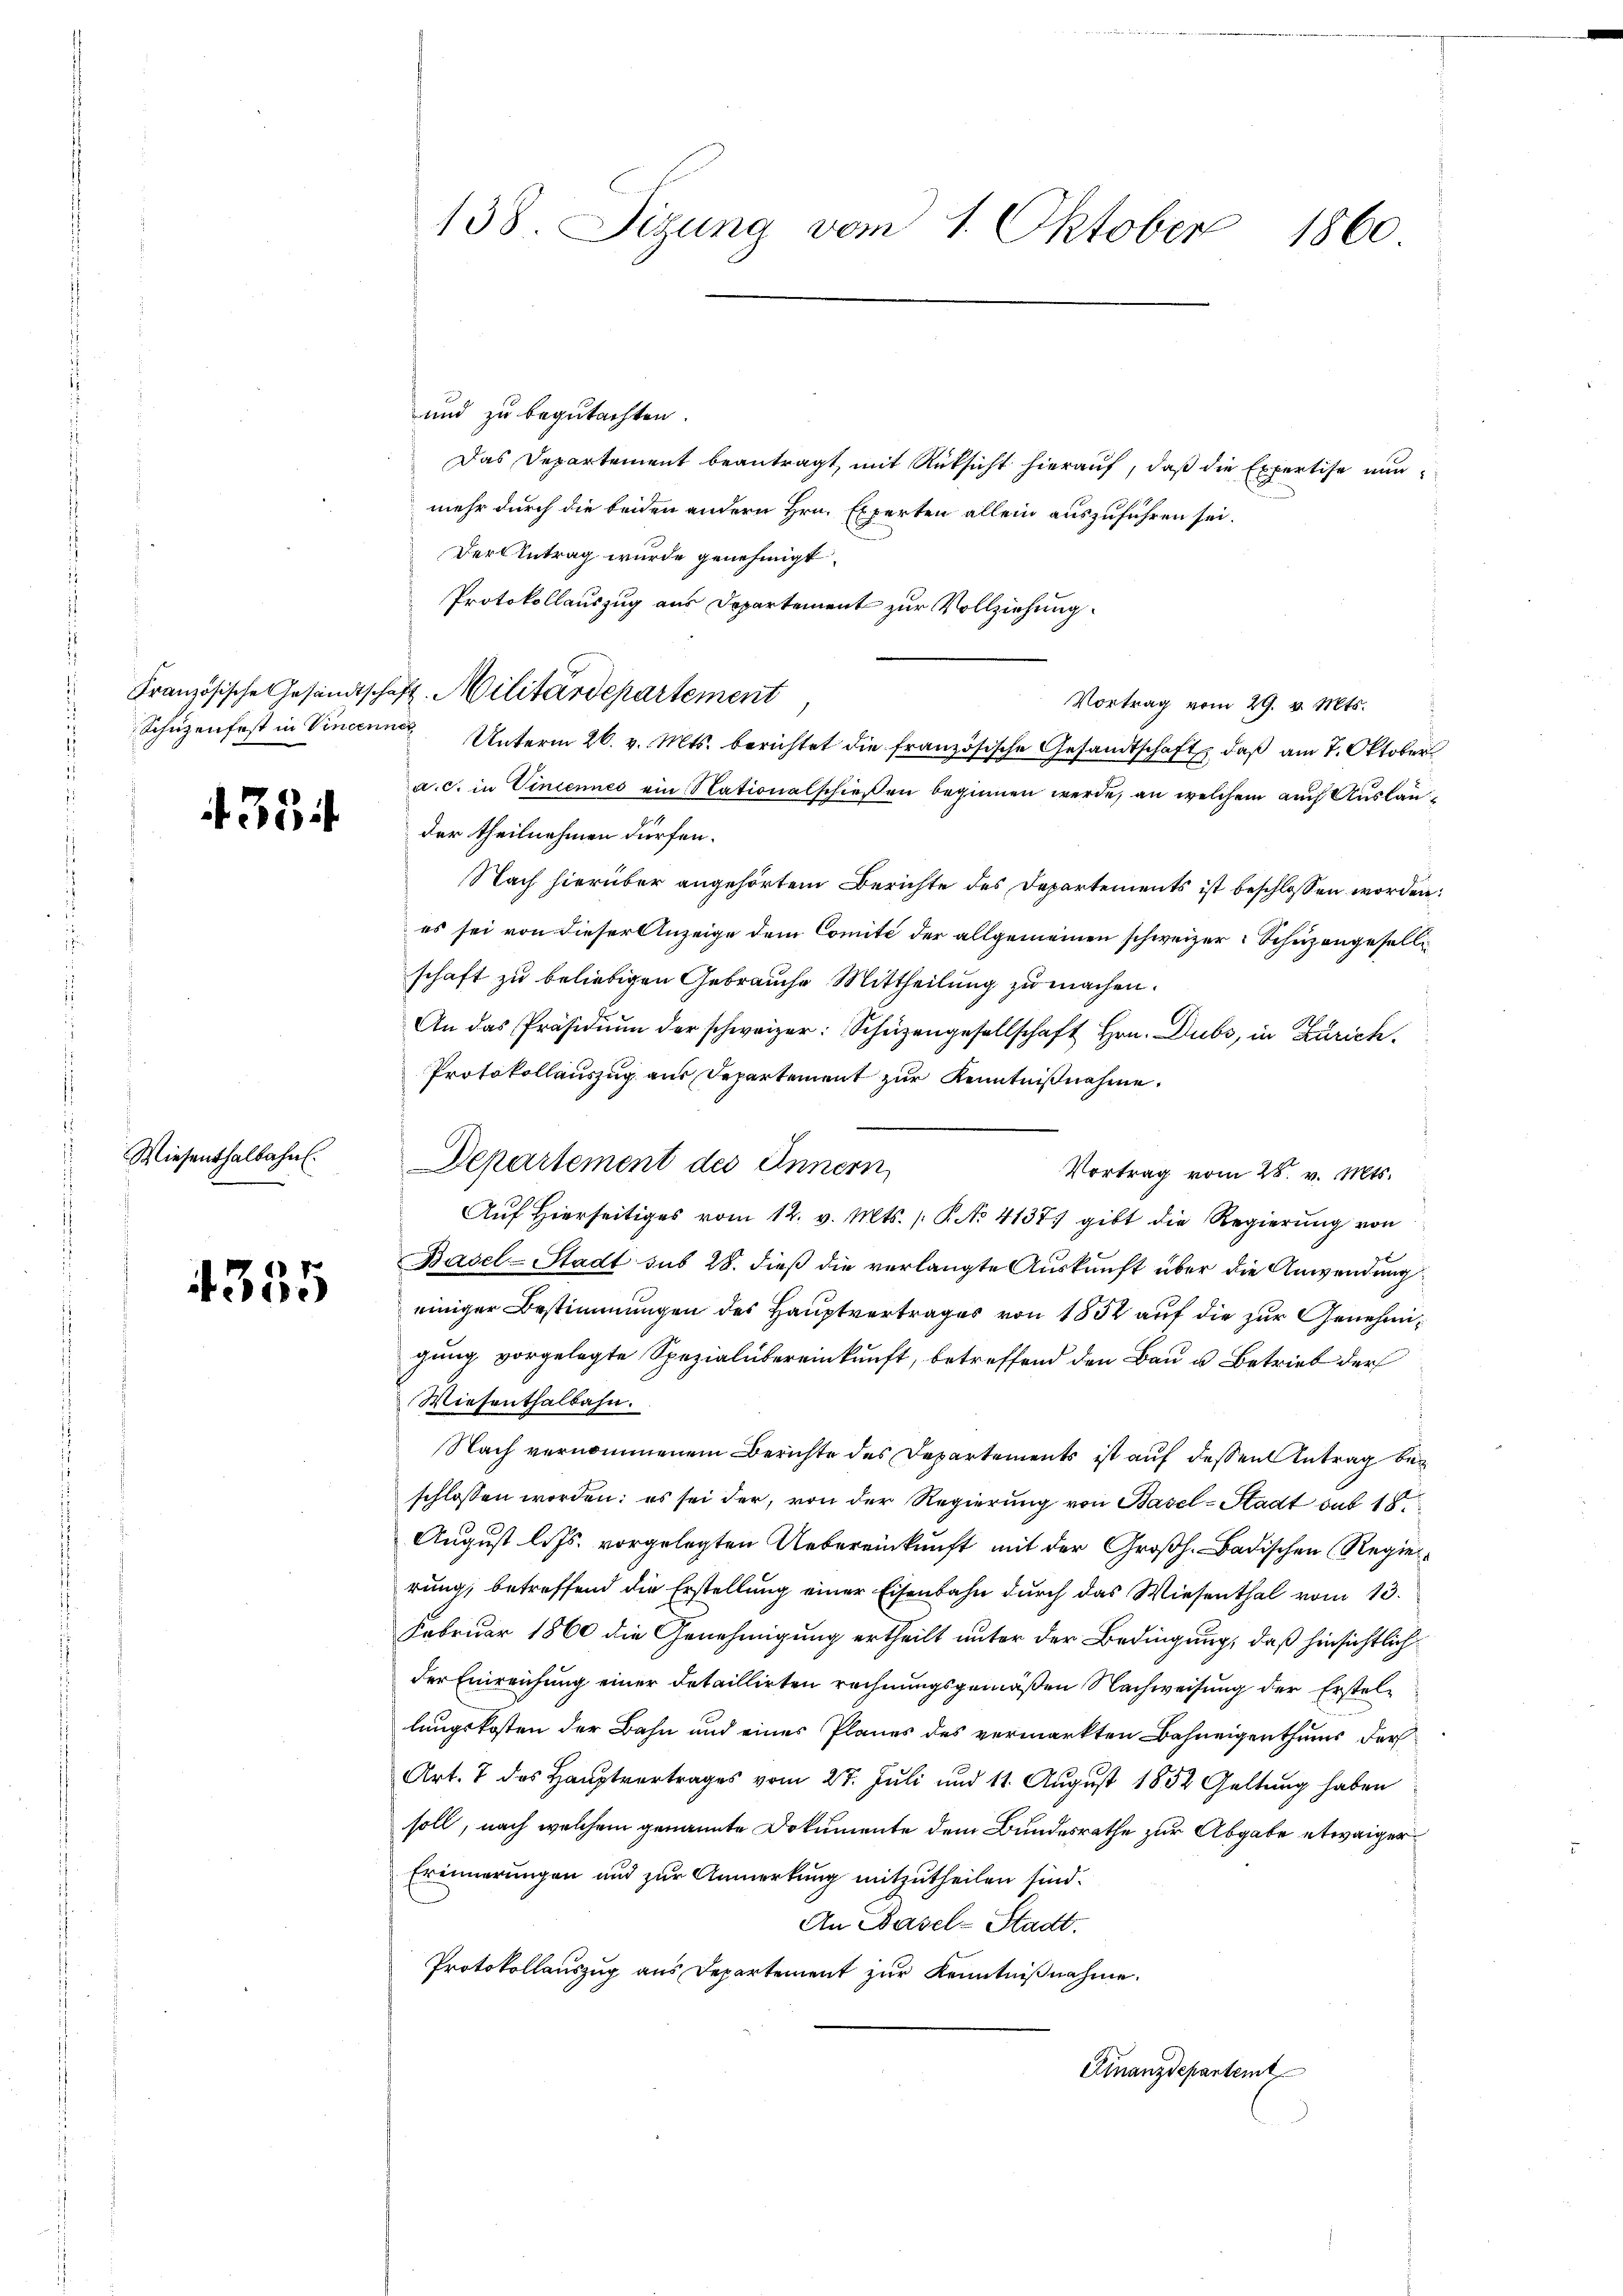
4354

Wiesenthalbahn.

4355

138. Sizung vom 1. Oktober
1860

und zu begutachten.
Das Departement beantragt, mit Rücksicht hierauf, daß die Expertise nun
mehr durch die beiden andern Hrn. Experten allein auszuführen sei.
Der Antrag wurde genehmigt.
Protokollauszug aus Departement zur Vollziehung
Vortrag vom 29. v. Mts.
Schüzenfest in Vincenner Unterm 26. v. Mts. berichtet die französische Gesandtschaft, daß am 7. Oktober
a. c. in Vincennes ein Nationalschießen beginnen werde, an welchem auch Ausländer theilnehmen dürfen.
Nach hierüber angehörtem Berichte des Departements ist beschlossen worden:
es sei von dieser Anzeige dem Comité der allgemeinen schweizer Schuzangesellschaft zu beliebigen Gebrauche Mittheilung zu machen.
An das Präsidiŭm der schweizer: Schüzengesellschaft Hrn. Dubs, in Zürich.
Protokollauszug aus Departement zur Kenntnißnahme.
Departement des Innern
Vortrag vom 28. v. Mts.
Aŭf Hierseitiges vom 12. v. Mts. P. No 4137) gibt die Regierŭng von
Basel-Stadt sub 28. dieß die verlangte Auskunft über die Anwendung
einiger Bestimmungen des Hauptvertrages von 1832 auf die zur Genehmigung vorgelegte Spezialübereinkunft, betreffend den Bau u. Betrieb der
Wiesenthalbahn.
Nach vernommenem Berichte des Departements ist auf dessen Antrag bei
schlossen worden; es sei der, von der Regierung von Basel-Stadt sub 18
August lits. vorgelegten Uebereinkunft mit der Großh. Badischen (Regierrung, betreffend die Erstellung einer Eisenbahn durch das Wiesenthal vom 13.
Februar 1860 die Genehmigung ertheilt unter der Bedingung, daß hinsichtlich
der Einreichung einer detaillirten rechnungsgemäßen Nachweisung der Erstellungskosten der Bahn und eines Planes des vermarkten Bahneigenthums der
Art. 7 des Hauptvertrages vom 27. Jŭli und 11. Aŭgŭst 1852 Geltung haben
soll, nach welchem genannte Dokumente dem Bundesrathe zur Abgabe etwaiger
Erinnerungen und zur Anmerkung mitzutheilen sind.
An Basel-Stadt.
Protokollauszug aus Departement zur Kenntnißnahme.
Finanzdepartemt

Französische Gesandtschaft. Militärdepartement